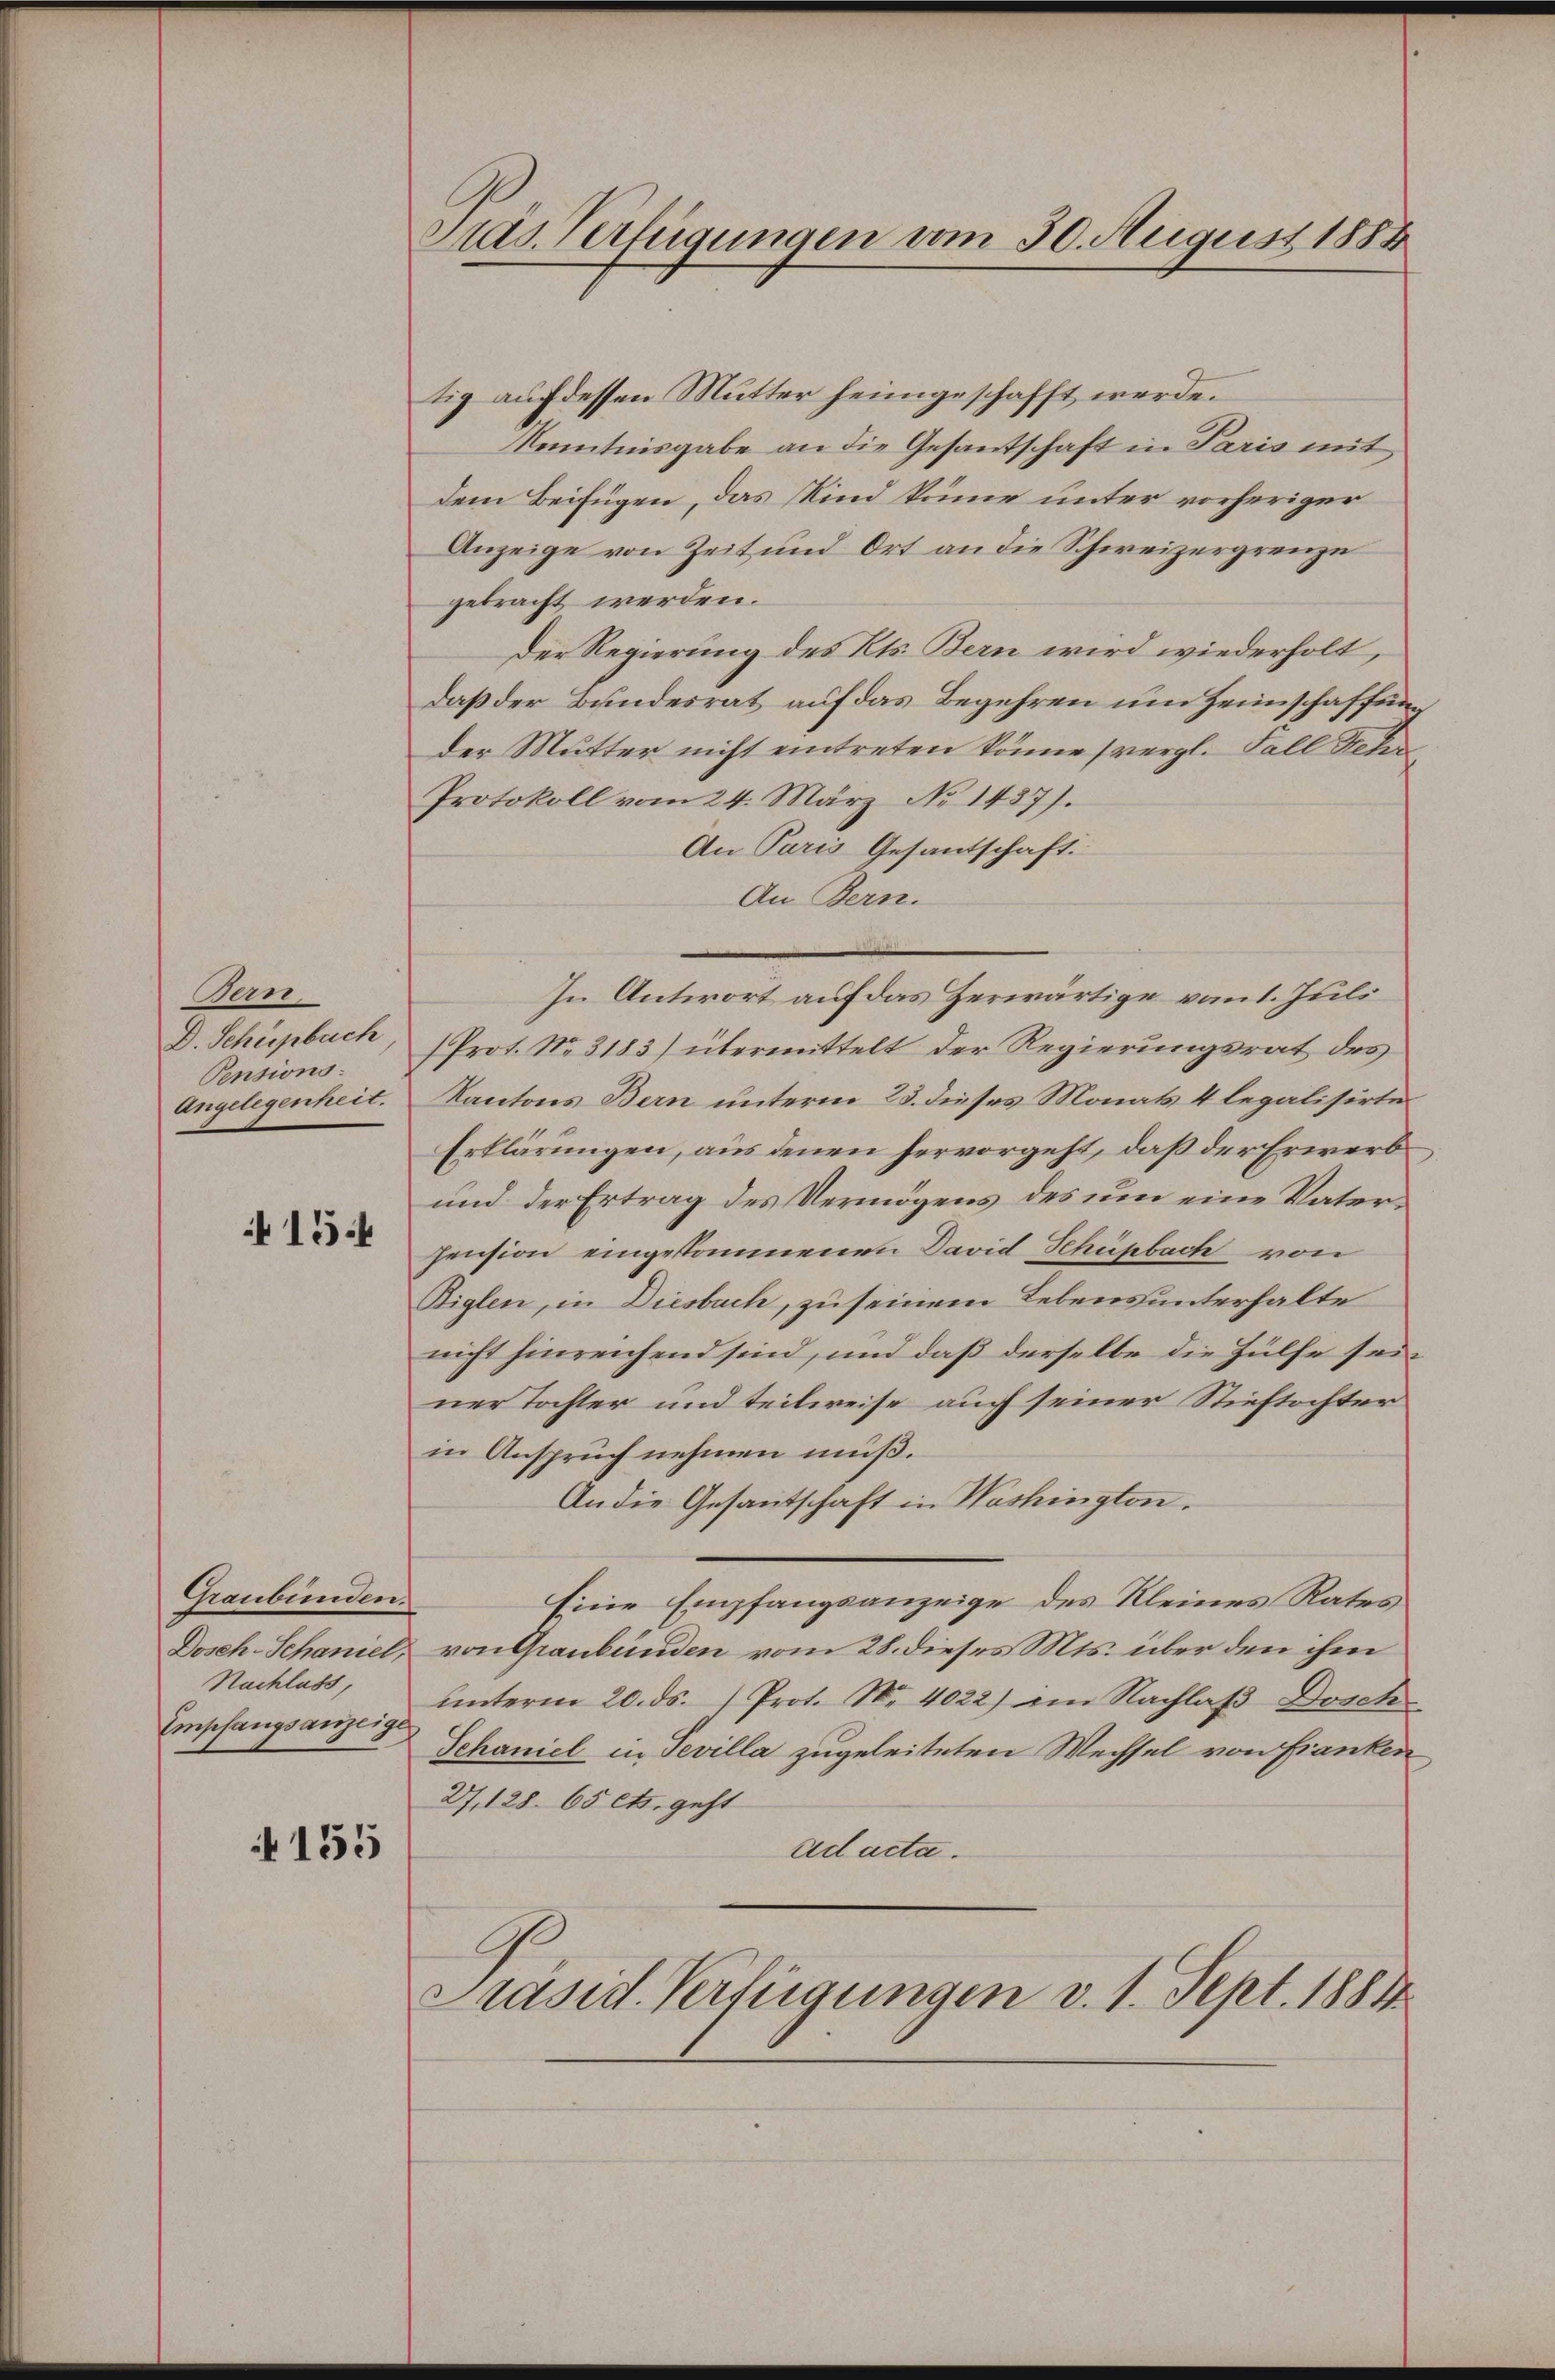
Bern.
D. Schüepbuch
Pensions-
Angelegenheit.

154

Graubünden.
Doseh-Schaniel,
Nachlass,
Empfangsanzeige

155

Das Verfügungen vom 30. August 1888

tig auf dessen Mutter heimgeschafft werde.
Kenntnisgabe an die Gesantschaft in Paris mit
dem Beifügen, das Kind könne unter vorheriger
Anzeige von Zeit und Ort an die Schweizergrenze
gebracht werden.
Der Regierung des Kts. Bern wird wiederholt,
daß der Bundesrat auf das Begehren um Heimschaffung
der Mutter nicht eintreten könne (vergl. Fall Sehr
Protokoll vom 24. März No 1437).
An Paris Gesantschaft.
An Bern.
In Antwort auf das Zerwärtige vom 1. Juli
Prot. No. 3183) übermittelt der Regierungsrat des
Kantons Bern unterm 23. dieses Monats 4 legalisirte
Erklärungen, aus denen hervorgeht, daß der Erwerb¬
und der Ertrag des Vermögens des um eine Vaterpension eingekommenen David Schüpbach von
Biglen, in Diesbach, zu seinem Lebens unterhalte
nicht hinreichend sind, und daß derselbe die Hülfe seiner Tochter und teilweise auch seiner Stieftochter
in Anspruch nehmen muß.
An die Gesantschaft in Washington.
Eine Empfangsanzeige des Kleines Rates
von Graubünden vom 28. dieses Mts. über den ihm
ŭnterm 20. ds. (Prot. N. 4022) im Nachlaβ Dosch
Schaniel in Tevilla zugeleiteten Wechsel von Franken
27,128. 65 ett. geht
ad acta.
Präsid. Verfügungen v. 1. Sept. 1881